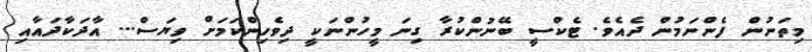
މިތަނުން ފެންނަމުން ދެއެވެ. ޓެކްސީ ބޭނުންކުރާ ގިނަ މީހުންނަކީ ދިވެހިންކަމަށް ވިޔަސް... އާދަކާދައާއި